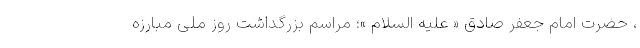
، حضرت امام جعفر صادق « علیه السلام »؛ مراسم بزرگداشت روز ملی مبارزه